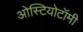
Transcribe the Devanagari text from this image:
ओस्टियोटॉमी